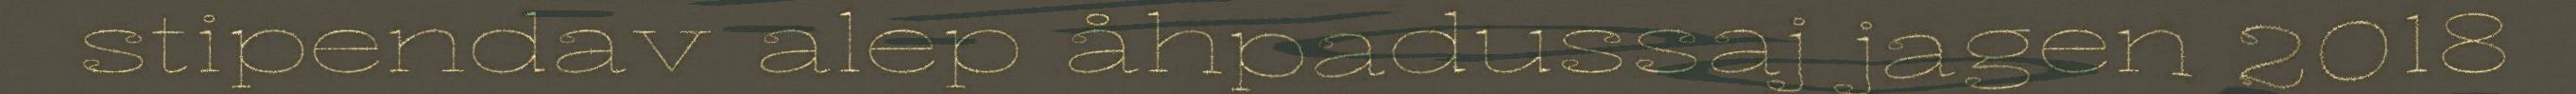
stipendav alep åhpadussaj jagen 2018